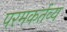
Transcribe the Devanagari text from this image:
परमकर्तव्य